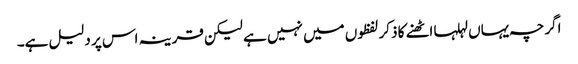
اگرچہ یہاں لہلہا اٹھنے کا ذکر لفظوں میں نہیں ہے لیکن قرینہ اس پر دلیل ہے۔